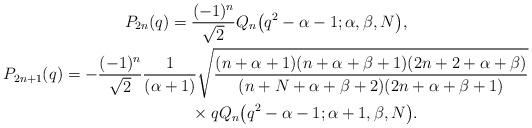
LaTeX: \begin{gather*} {P}_{2n} (q) = \frac{(-1)^n}{\sqrt{2}} {Q}_n\big(q^2-\alpha-1;\alpha,\beta,N\big),\\ P_{2n+1} (q) = - \frac{(-1)^n}{\sqrt{2}}\frac{1}{(\alpha+1)} \sqrt{\frac{(n+\alpha+1)(n+\alpha+\beta+1)(2n+2+\alpha+\beta)}{(n+N+\alpha+\beta+2)(2n+\alpha+\beta+1)}}\\\hphantom{P_{2n+1} (q) =}{} \times q {Q}_n\big(q^2-\alpha-1;\alpha+1,\beta,N\big).\end{gather*}